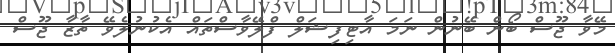
މޭވާ ޖޫސް ބޯން ބޭނުން ނަމަ އާޓިފިޝަލް ފްލޭވާސްތައް އެކުނުލެވޭ ތާޒާ ޖޫސް